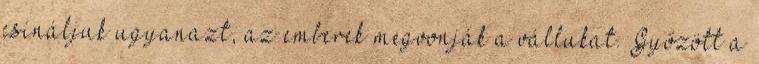
csináljuk ugyanazt, az emberek megvonják a vállukat. Győzött a